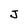
Character: J